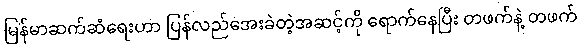
မြန်မာဆက်ဆံရေးဟာ ပြန်လည်အေးခဲတဲ့အဆင့်ကို ရောက်နေပြီး တဖက်နဲ့ တဖက်